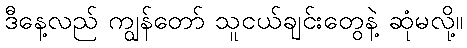
ဒီနေ့လည် ကျွန်တော် သူငယ်ချင်းတွေနဲ့ ဆုံမလို့။